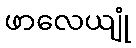
ဖာလေယျုံ